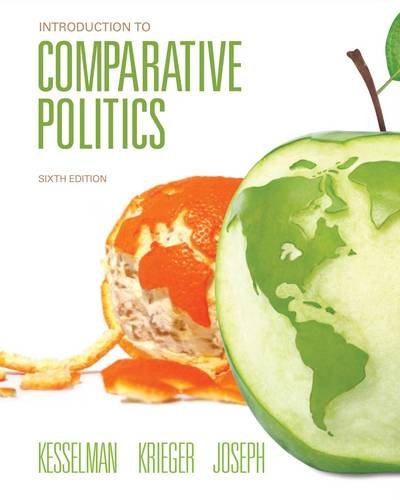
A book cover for Introduction to Comparative Politics; Mark Kesselman; Law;